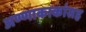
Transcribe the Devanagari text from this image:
अण्णाकाकांसह